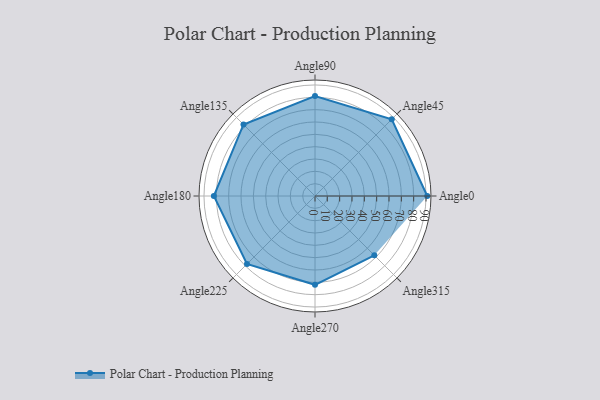
{"axis": {"x": "Angle", "y": "Radius"}, "legend": [""], "data": [{"x": "Angle0", "y": 91.0, "type": ""}, {"x": "Angle45", "y": 88.0, "type": ""}, {"x": "Angle90", "y": 81.0, "type": ""}, {"x": "Angle135", "y": 82.0, "type": ""}, {"x": "Angle180", "y": 82.0, "type": ""}, {"x": "Angle225", "y": 78.0, "type": ""}, {"x": "Angle270", "y": 72.0, "type": ""}, {"x": "Angle315", "y": 68.0, "type": ""}]}